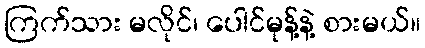
ကြက်သား မလိုင်၊ ပေါင်မုန့်နဲ့ စားမယ်။